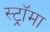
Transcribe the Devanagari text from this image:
स्ट्राॅमा